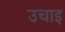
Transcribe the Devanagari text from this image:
उचाइ